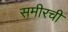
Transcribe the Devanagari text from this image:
समीरची